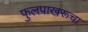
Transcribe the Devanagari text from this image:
फुलपाखरूचा